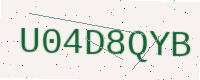
Text: U04D8QYB